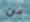
من